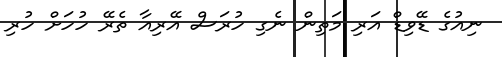
ނިއުގެ ޑޭވިޑް އަރި މަތިން ނެގި ހުރަސް އޭރިއާ ތެރޭ ހުހަށް ހުރި